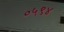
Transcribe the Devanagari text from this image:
०५९४